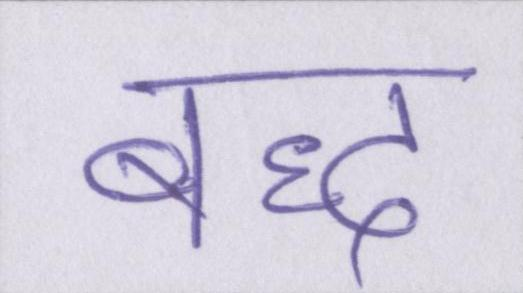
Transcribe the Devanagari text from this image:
बद्ध